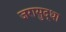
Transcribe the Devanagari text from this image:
जरासुद्धा